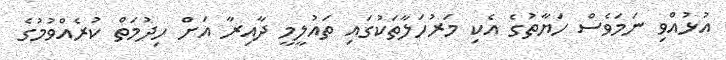
އުޅުއްވި ނަމަވެސް ހަޔާތުގެ އެކި މަރުހަލާތަކުގައި ތައުލީމީ ދާއިރާ އަށް ހިދުމަތް ކުރެއްވުމުގެ